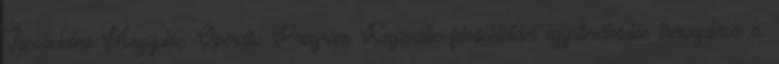
Társadalmi Megújulás Operatív Program Regionális felsőoktatási együttműködés támogatása c.